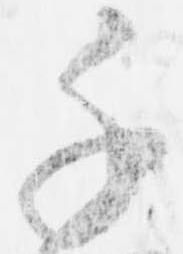
千